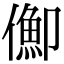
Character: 𠏣